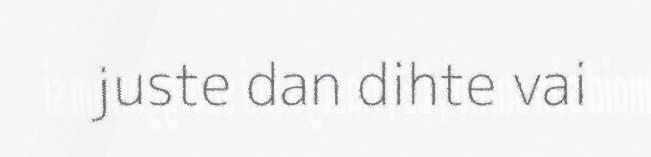
juste dan dihte vai